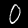
Digit: 0